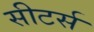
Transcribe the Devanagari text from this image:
सीटर्स